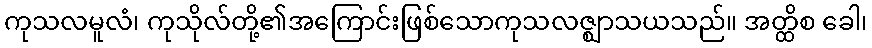
ကုသလမူလံ၊ ကုသိုလ်တို့၏အကြောင်းဖြစ်သောကုသလဇ္ဈာသယသည်။ အတ္ထိစ ခေါ၊